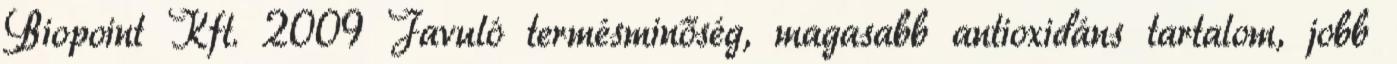
Biopoint Kft. 2009 Javuló termésminőség, magasabb antioxidáns tartalom, jobb